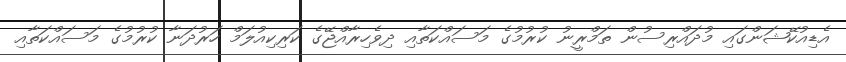
އެޑިއުކޭޝަންގައި މުދައްރިސުން ތަމްރީނު ކުރުމުގެ މަސައްކަތާއި ދިވެހިރާއްޖޭގެ ކަރިކިއުލަމް ހަރުދަނާ ކުރުމުގެ މަސައްކަތާއި